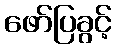
ဖော်ပြခွင့်